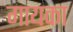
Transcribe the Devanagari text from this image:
गायका